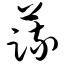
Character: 蔬